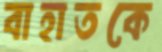
বাহাতকে